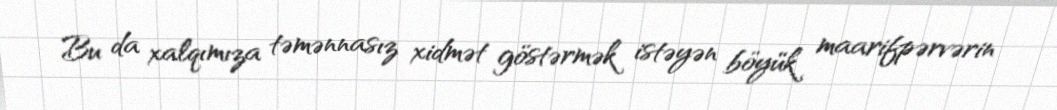
Bu da xalqımıza təmənnasız xidmət göstərmək istəyən böyük maarifpərvərin